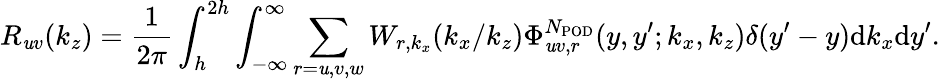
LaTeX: R_{\mathit{u}v}(k_{z})=\frac{{1}}{{2\pi}}\int_{h}^{2h}\int_{-\infty}^{\infty}\sum_{r=\mathit{u},v,w}W_{r,k_{x}}(k_{x}/k_{z})\Phi_{\mathit{u}v,r}^{N_{\mathrm{{POD}}}}(y,y^{\prime};k_{x},k_{z})\delta(y^{\prime}-y)\mathrm{{d}}k_{x}\mathrm{{d}}y^{\prime}.